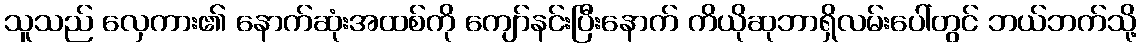
သူသည် လှေကား၏ နောက်ဆုံးအထစ်ကို ကျော်နင်းပြီးနောက် ကိယိုဆုဘာရှိလမ်းပေါ်တွင် ဘယ်ဘက်သို့